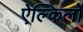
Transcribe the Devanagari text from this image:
ऐल्किलों